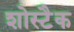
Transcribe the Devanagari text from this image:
शोस्टैक